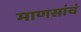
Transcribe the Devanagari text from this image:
माणसांचं